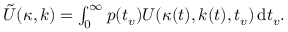
\begin{array} { r } { \tilde { U } ( \kappa , k ) = \int _ { 0 } ^ { \infty } p ( t _ { v } ) U ( \kappa ( t ) , k ( t ) , t _ { v } ) \, \mathrm { d } t _ { v } . } \end{array}